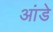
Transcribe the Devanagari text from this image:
आंडे